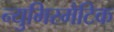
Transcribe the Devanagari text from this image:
न्युमिस्मैटिक